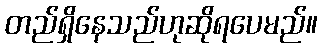
တည်ရှိနေသည်ဟုဆိုရပေမည်။